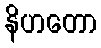
နိဟတော